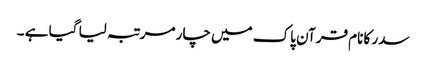
سدر کا نام قرآن پاک میں چار مرتبہ لیا گیا ہے ۔